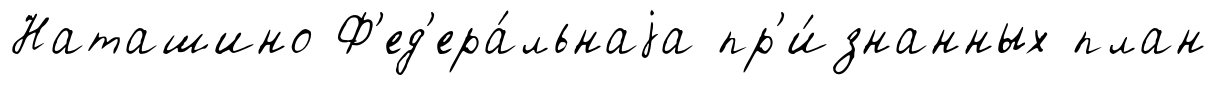
Наташино Ф'ед'ера́льнаjа пр'и́знанных план